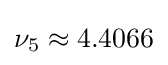
\nu _{5}\approx 4.4066